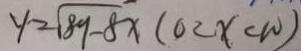
y = \sqrt { 8 9 - 8 x } ( 0 < x < w )